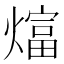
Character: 𬋋